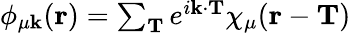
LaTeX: \begin{array}{r}{\phi_{\mu\textbf{k}}(\textbf{r})=\sum_{\textbf{T}}e^{i\textbf{k}\cdot\textbf{T}}\chi_{\mu}(\textbf{r}-\textbf{T})}\end{array}